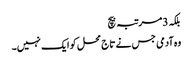
بلکہ 3مرتبہ بیچ
وہ آدمی جس نے تاج محل کو ایک نہیں۔